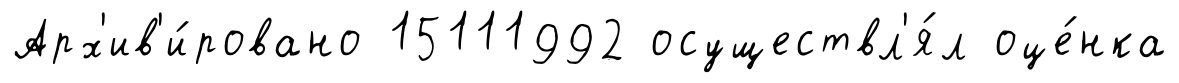
Арх'ив'и́ровано 15111992 осуществл'я́л оце́нка